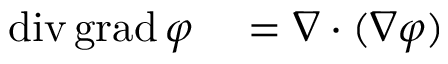
\begin{array} { r l } { \operatorname { d i v } \operatorname { g r a d } \varphi } & { { } = \nabla \cdot ( \nabla \varphi ) } \end{array}